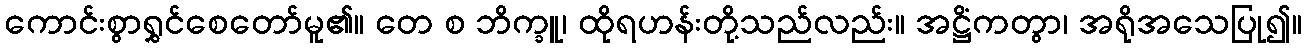
ကောင်းစွာရွှင်စေတော်မူ၏။ တေ စ ဘိက္ခူ၊ ထိုရဟန်းတို့သည်လည်း။ အဋ္ဌိံကတွာ၊ အရိုအသေပြု၍။